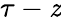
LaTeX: \tau-\mathit{z}